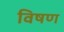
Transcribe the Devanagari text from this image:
विषण